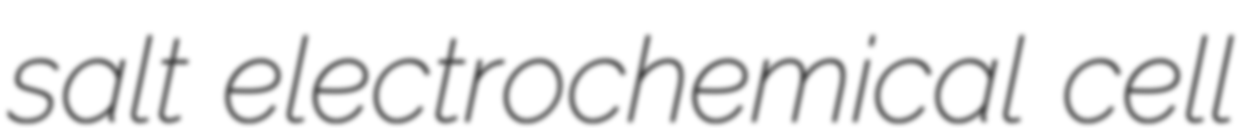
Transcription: salt electrochemical cell